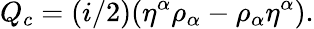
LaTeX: Q_{c}=(i/2)({\eta}^{\alpha}{\rho}_{\alpha}-{\rho}_{\alpha}{\eta}^{\alpha}).